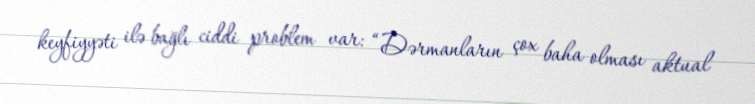
keyfiyyəti ilə bağlı ciddi problem var: “Dərmanların çox baha olması aktual